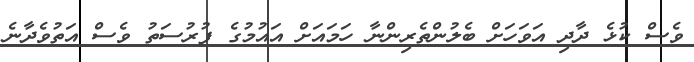
ވެސް ކުޅެ ދާދި އަވަހަށް ބެލުންތެރިންނާ ހަމައަށް އައުމުގެ ފުރުސަތު ވެސް އަތުވެދާނެ